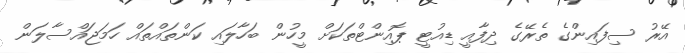
އޭރު ސިފައިންގެ ތެރޭގެ ދިފާއީ ޑިއުޓީ ޕޮއިންޓްތަކަށް މީހުން ބަހާލައި ކަންތައްތައް ހަމަޖައްސާލަން